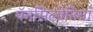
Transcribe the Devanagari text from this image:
पॅनसिल्वेनिया